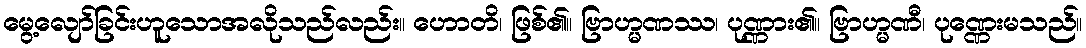
မွေ့လျော်ခြင်းဟူသောအလိုသည်လည်း။ ဟောတိ၊ ဖြစ်၏။ ဗြာဟ္မဏဿ၊ ပုဏ္ဏား၏။ ဗြာဟ္မဏီ၊ ပုဏ္ဏေးမသည်။